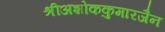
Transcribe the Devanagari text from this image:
श्रीअशोककुमारजैन